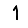
Digit: 1